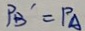
P _ { B } ^ { \prime } = P _ { A }